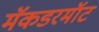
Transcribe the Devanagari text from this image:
मॅकडरमॉट